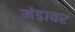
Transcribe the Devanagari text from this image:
मंड़ावर